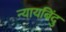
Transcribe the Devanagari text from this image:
न्यायबिंदु